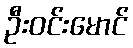
ဦးဝင်းမောင်